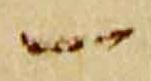
一